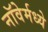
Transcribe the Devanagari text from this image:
नॉवेर्मध्ये